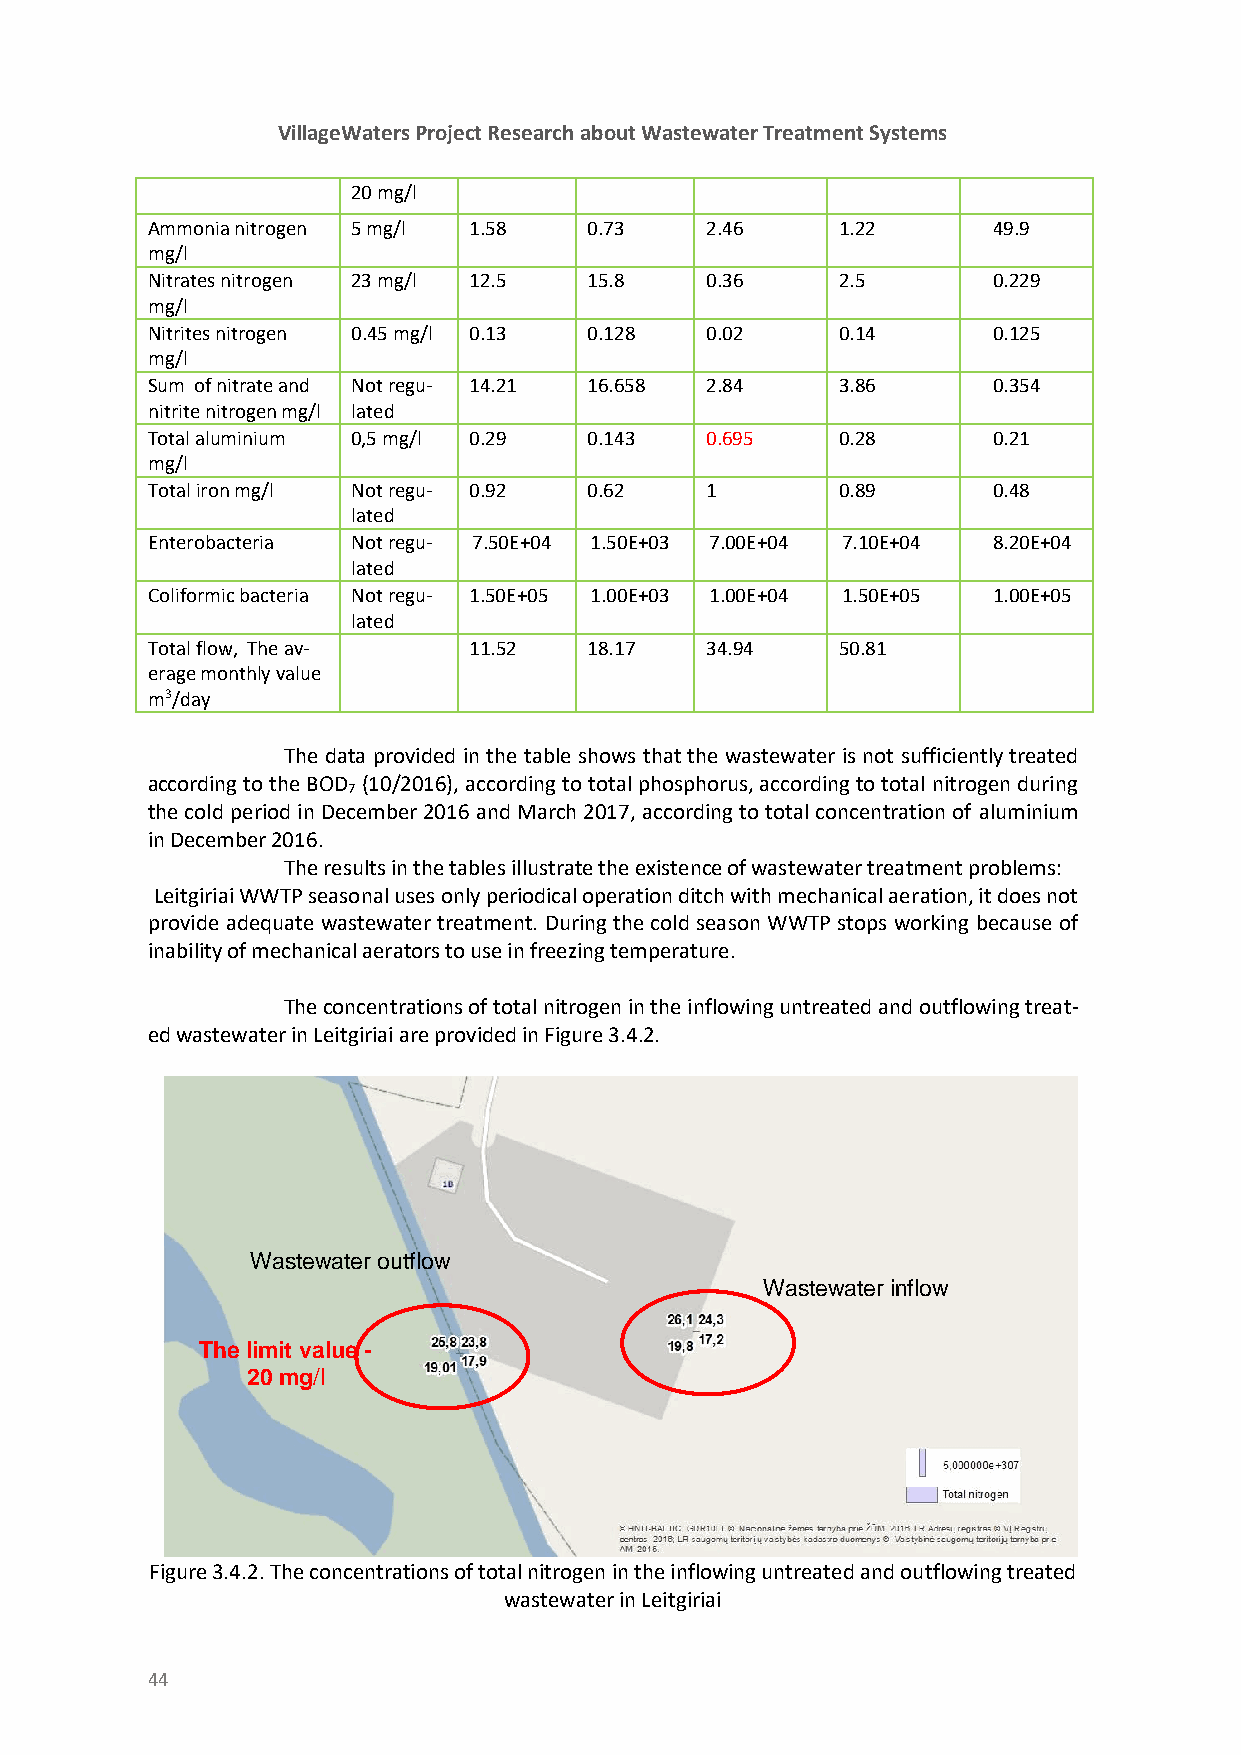
VillageWaters Project Research about Wastewater Treatment Systems
 20 mg/l
 Ammonia nitrogen 5 mg/l 1.58 0.73    2.46     1.22      49.9
 mg/l
 Nitrates nitrogen 23 mg/l 12.5 15.8  0.36     2.5       0.229
 mg/l
 Nitrites nitrogen 0.45 mg/l 0.13 0.128 0.02   0.14      0.125
 mg/l
 Sum of nitrate and Not regu- 14.21 16.658 2.84 3.86     0.354
 nitrite nitrogen mg/l lated
 Total aluminium 0,5 mg/l 0.29 0.143  0.695    0.28      0.21
 mg/l
 Total iron mg/l Not regu- 0.92 0.62  1        0.89      0.48
 lated
 Enterobacteria Not regu- 7.50E+04 1.50E+03 7.00E+04 7.10E+04 8.20E+04
 lated
 Coliformic bacteria Not regu- 1.50E+05 1.00E+03 1.00E+04 1.50E+05 1.00E+05
 lated
 Total flow, The av-  11.52   18.17   34.94    50.81
 erage monthly value
 m3/day
 The data provided in the table shows that the wastewater is not sufficiently treated
 according to the BOD (10/2016), according to total phosphorus, according to total nitrogen during
 7
 the cold period in December 2016 and March 2017, according to total concentration of aluminium
 in December 2016.
 The results in the tables illustrate the existence of wastewater treatment problems:
 Leitgiriai WWTP seasonal uses only periodical operation ditch with mechanical aeration, it does not
 provide adequate wastewater treatment. During the cold season WWTP stops working because of
 inability of mechanical aerators to use in freezing temperature.
 The concentrations of total nitrogen in the inflowing untreated and outflowing treat-
 ed wastewater in Leitgiriai are provided in Figure 3.4.2.
 Wastewater outflow
 Wastewater inflow
 The limit value -
 20 mg/l
 Figure 3.4.2. The concentrations of total nitrogen in the inflowing untreated and outflowing treated
 wastewater in Leitgiriai
 44